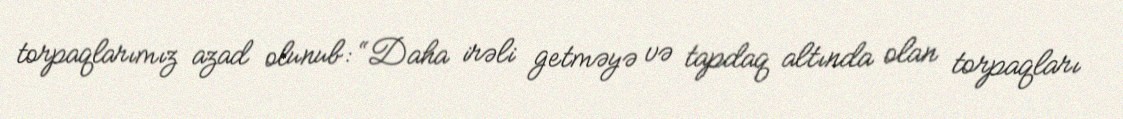
torpaqlarımız azad olunub: “Daha irəli getməyə və tapdaq altında olan torpaqları